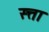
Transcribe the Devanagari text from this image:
स्त्ता